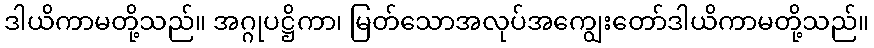
ဒါယိကာမတို့သည်။ အဂ္ဂုပဋ္ဌိကာ၊ မြတ်သောအလုပ်အကျွေးတော်ဒါယိကာမတို့သည်။